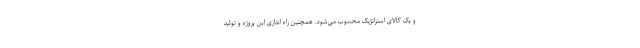
و یک کالای استراتژیک محسوب می‌شود. همچنین راه اندازی این پروژه و تولید